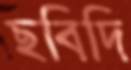
ছবিদি